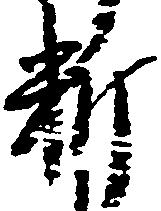
料